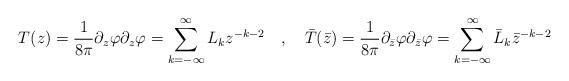
LaTeX: \begin{align*}T(z)=\frac{1}{8\pi }\partial _{z}\varphi \partial _{z}\varphi =\sum ^{\infty }_{k=-\infty }L_{k}z^{-k-2}\quad ,\quad \bar{T}(\bar{z})=\frac{1}{8\pi }\partial _{\bar{z}}\varphi \partial _{\bar{z}}\varphi =\sum ^{\infty }_{k=-\infty }\bar{L}_{k}\bar{z}^{-k-2}\end{align*}